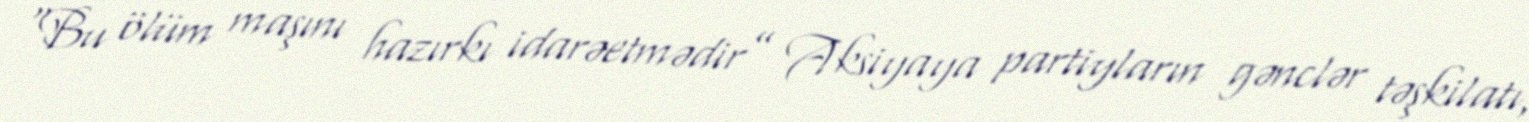
“Bu ölüm maşını hazırkı idarəetmədir” Aksiyaya partiyların gənclər təşkilatı,